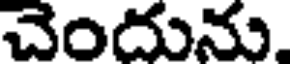
చెందును.